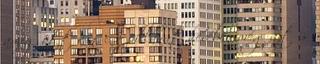
amíg ott van. A pillanat hevében még azt is